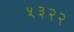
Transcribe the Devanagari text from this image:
५३२२